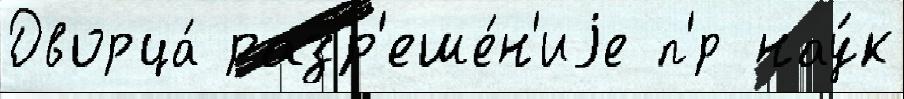
Дворца́ разр'еше́н'иjе п'́р нау́к